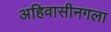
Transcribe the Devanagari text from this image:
अहिवासीनगला